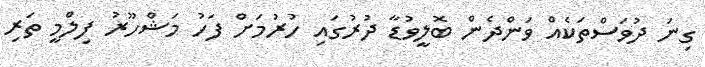
ގިނަ ދުވަސްތަކެއް ވަންދެން ބޮލީވުޑާ ދުރުގައި ހުރުމަށް ފަހު މަޝްހޫރު ފިލްމީ ތަރި